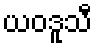
ယဝဒူသီ